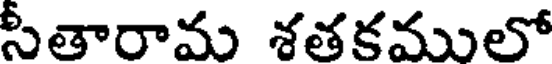
సీతారామ శతకములో